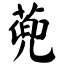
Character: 蔸